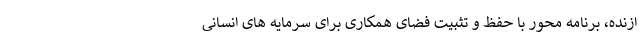
ازنده، برنامه محور با حفظ و تثبیت فضای همکاری برای سرمایه های انسانی